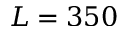
L = 3 5 0